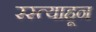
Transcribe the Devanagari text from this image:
रस्त्याहून